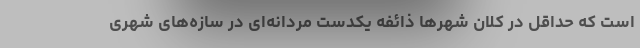
است که حداقل در کلان شهرها ذائفه یکدست مردانه‌ای در سازه‌های شهری